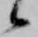
候